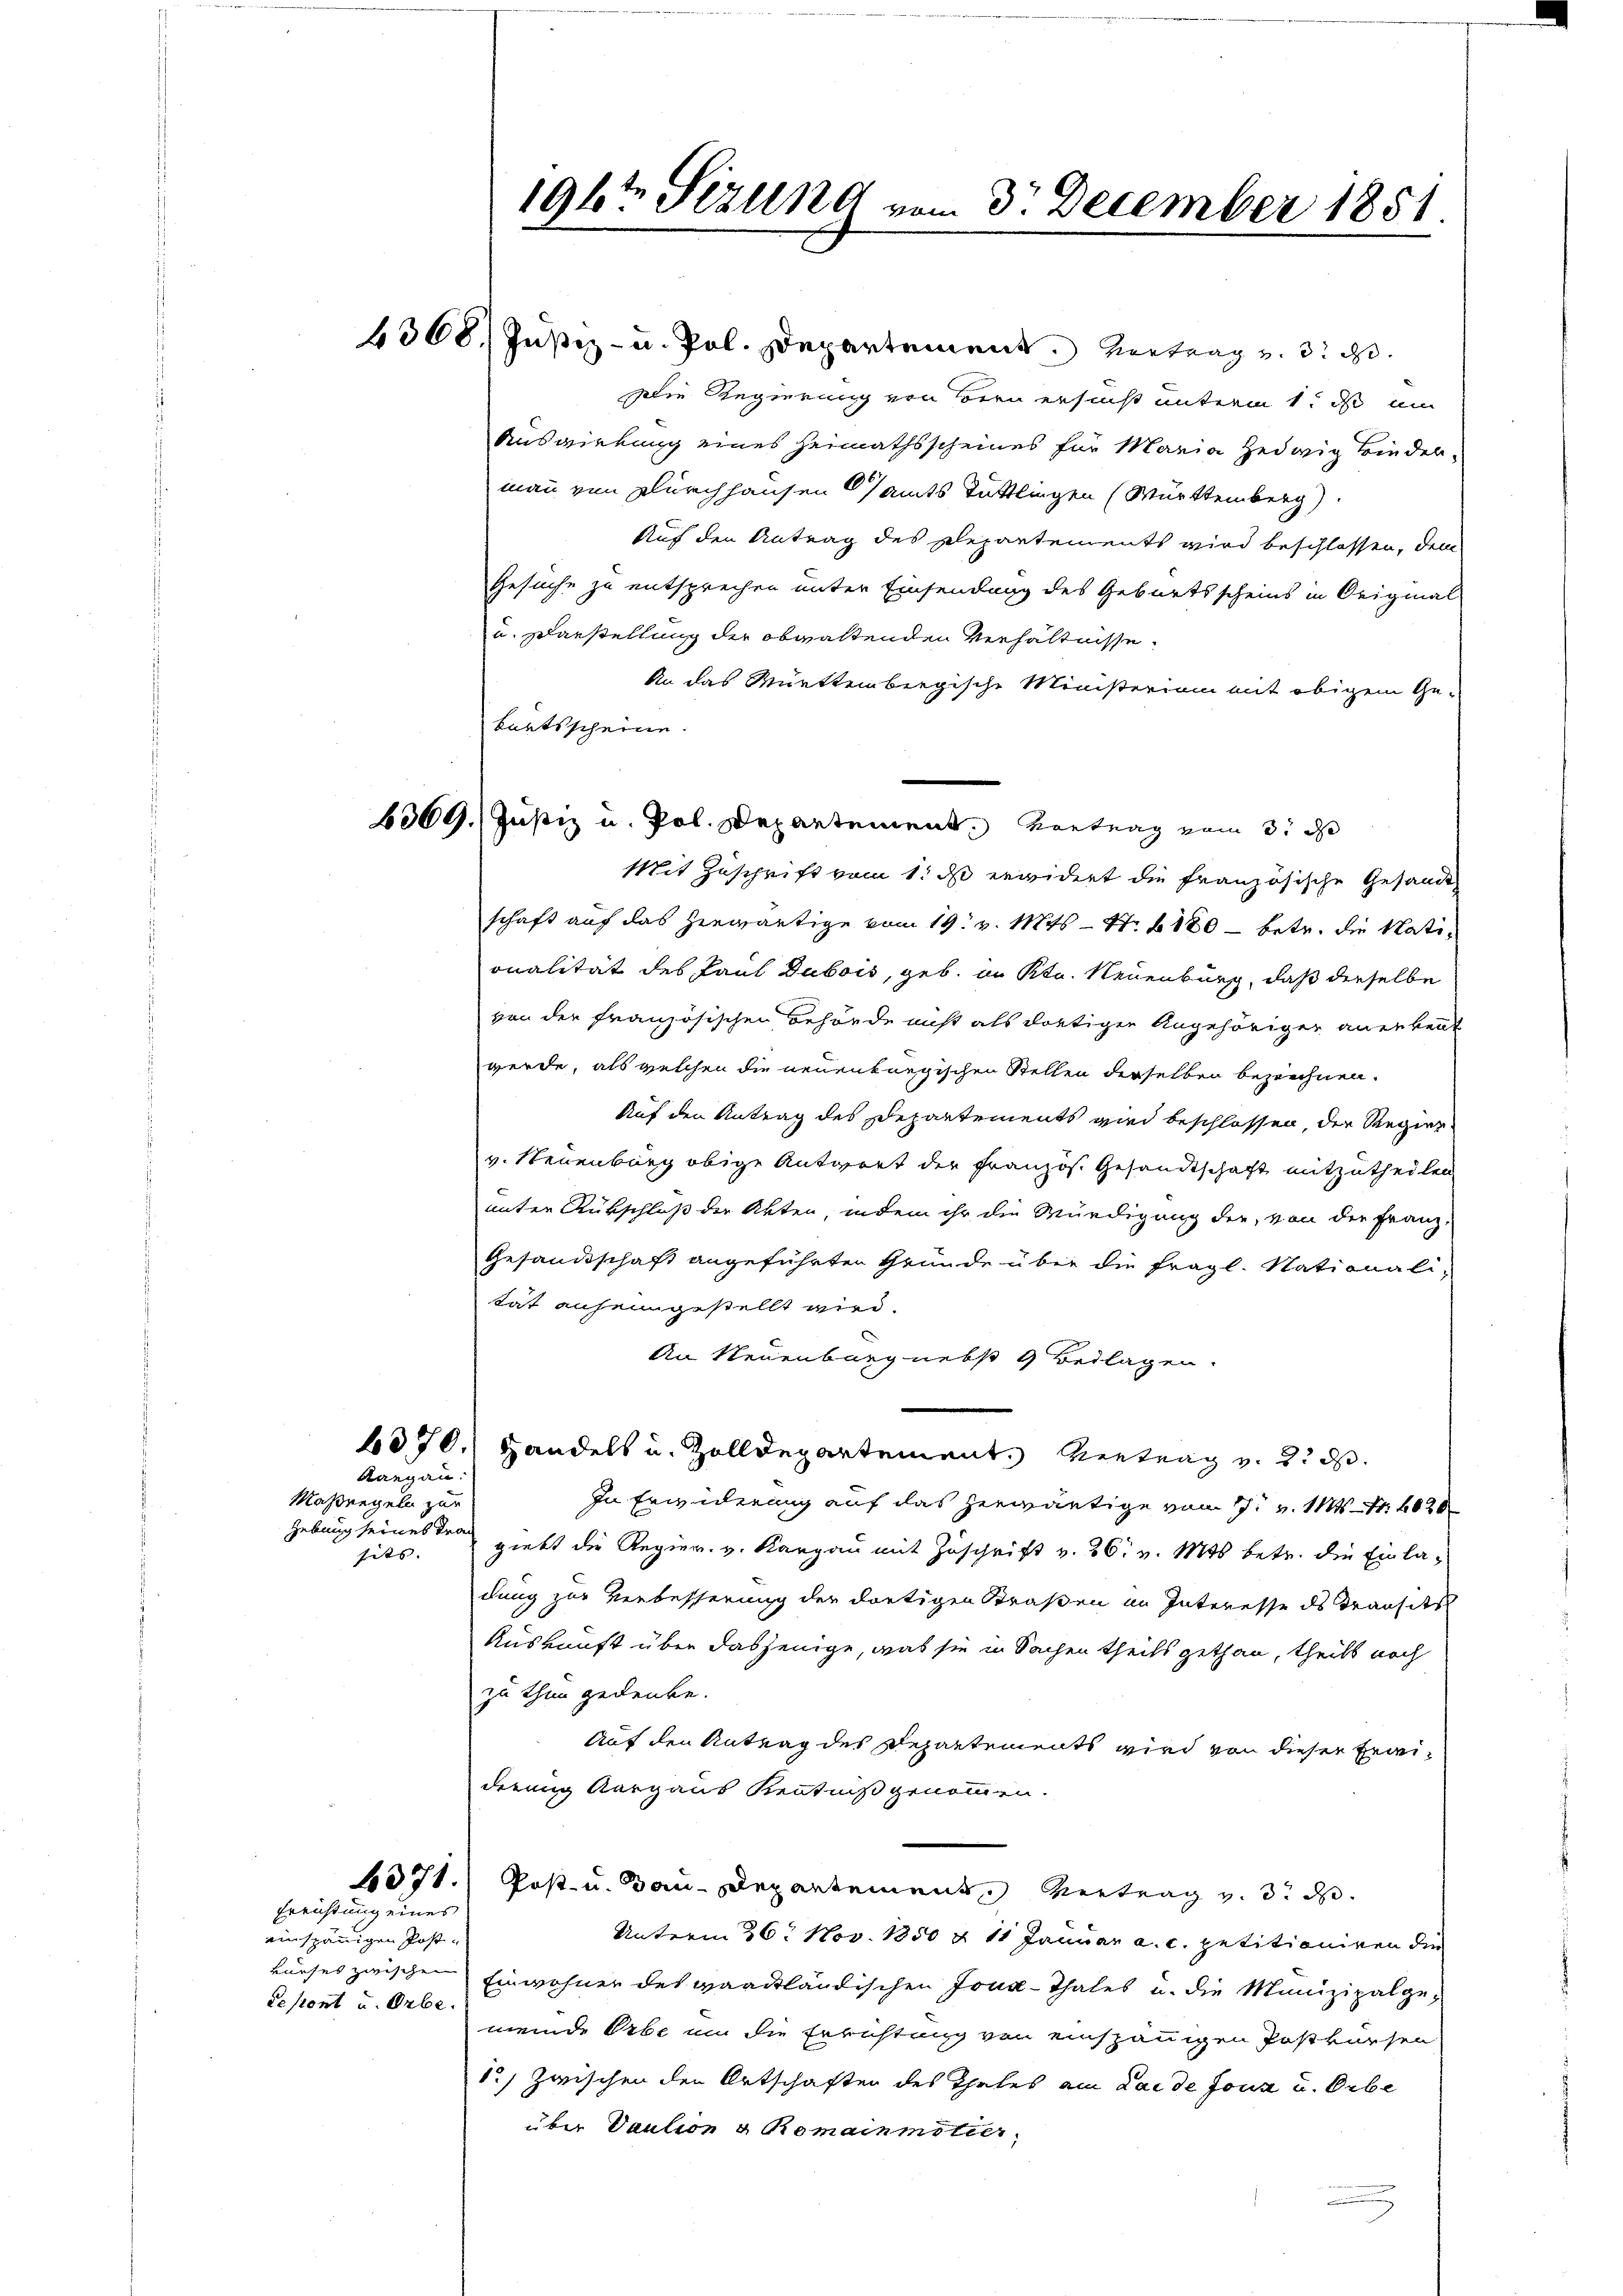
Rangen.
Maßregeln zur
sits. |

6371.
Errichtung eines

einspännigen Postvurses zwischen
depont u. Orbe.

196t Sizung vom 3. December 1851.

6368. Justiz- u. Pol. Departement. Vertrag u. 3. ds.
Die Regierung von Bern ersucht unterm 1. ds um
Auswirkung eines Heimathsscheines für Maria Hedwig Biedermann von Durchhausenamts Tuttlingen (Württemberg)
Auf den Antrag des plepartements wird beschlossen, dem
Gesuche zu entsprechen unter Einsendung des Geburtsscheins in Original
u. Darstellung der obwaltenden Verhältnisse.
An das Württembergische Ministerium mit obigem Ge-
Mit Zuschrift vom 1. d erwidert die französische Gesandt
schaft auf das herwärtige vom 19. v. Mts. - 4. 180 - betr. die Nati
onalität des Paul Dubois, geb. in Ktn. Neuenburg, daß derselbe
von der französischen Behörde nicht als dortiger Angehöriger anerkent
werde, als welchen die neuenburgischen Stellen derselben bezeichnen.
Auf den Antrag des Departements wird beschlossen, der Regier
v. Neuenburg obige Antwort der Französ. Gesandtschaft mitzutheilen
unter Rückschluß der Akten, indem ihr die Würdigung der, von der Franz,
Gesandtschaft angeführten Gründe über die fragl. Stationali-
tat anheimgestellt wird.
An Neuenburg nebst 4 Beilagen.
6070.) Handelt u. Zolldepartement. Vertrag v. 2. ds.
In Erwiderung auf das herwärtige vom 17. v. 111 4030
Hebung seines der giebt die Regier. v. Kargau mit Zuschrift v. 26. v. Mts. betr. die Einladung zur Verbesserung der dortigen Straßen im Interesse ds Transitz
Auskunft über dasjenige, was sie in Sachen theils gethan, theils noch
zu thun gedenke.
Auf den Antrag des Departements wird von dieser Erweiderung Aargaus Kenntniß genommen.
Post- u. Bau-Departement, Vertrag v. 3. d.
Unterm 26. Nov. 1850 & 11 Januar a. c. petitioniren die
Einwohner des vaackländischen Joux-Thales u. die Munizipalgemeinde Erbe um die Errichtung von einspännigen Postkörsen
1) Zwischen den Ortschaften des Thales am Laide Jona u. Orbe
über Vaution & Romainmötier,

Bartsscheine
6369. Justiz u. Pol. Departement, Vortrag vom 3. d